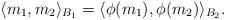
LaTeX: \begin{align*}\langle m_{1}, m_{2} \rangle_{B_{1}} = \langle \phi(m_{1}), \phi(m_{2}) \rangle_{B_{2}}. \end{align*}